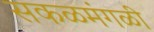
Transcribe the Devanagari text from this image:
सकळमंगळी